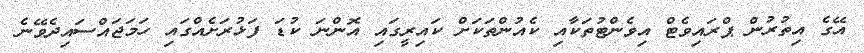
އޭގެ އިތުރުން ޕްރައިވެޓް އިވެންޓުތަކާއި ކެއުންތަކަށް ކައިރީގައި އޮންނަ ކުޑަ ފަޅުރަށެއްގައި ހަމަޖައްސައިދެވޭނެ